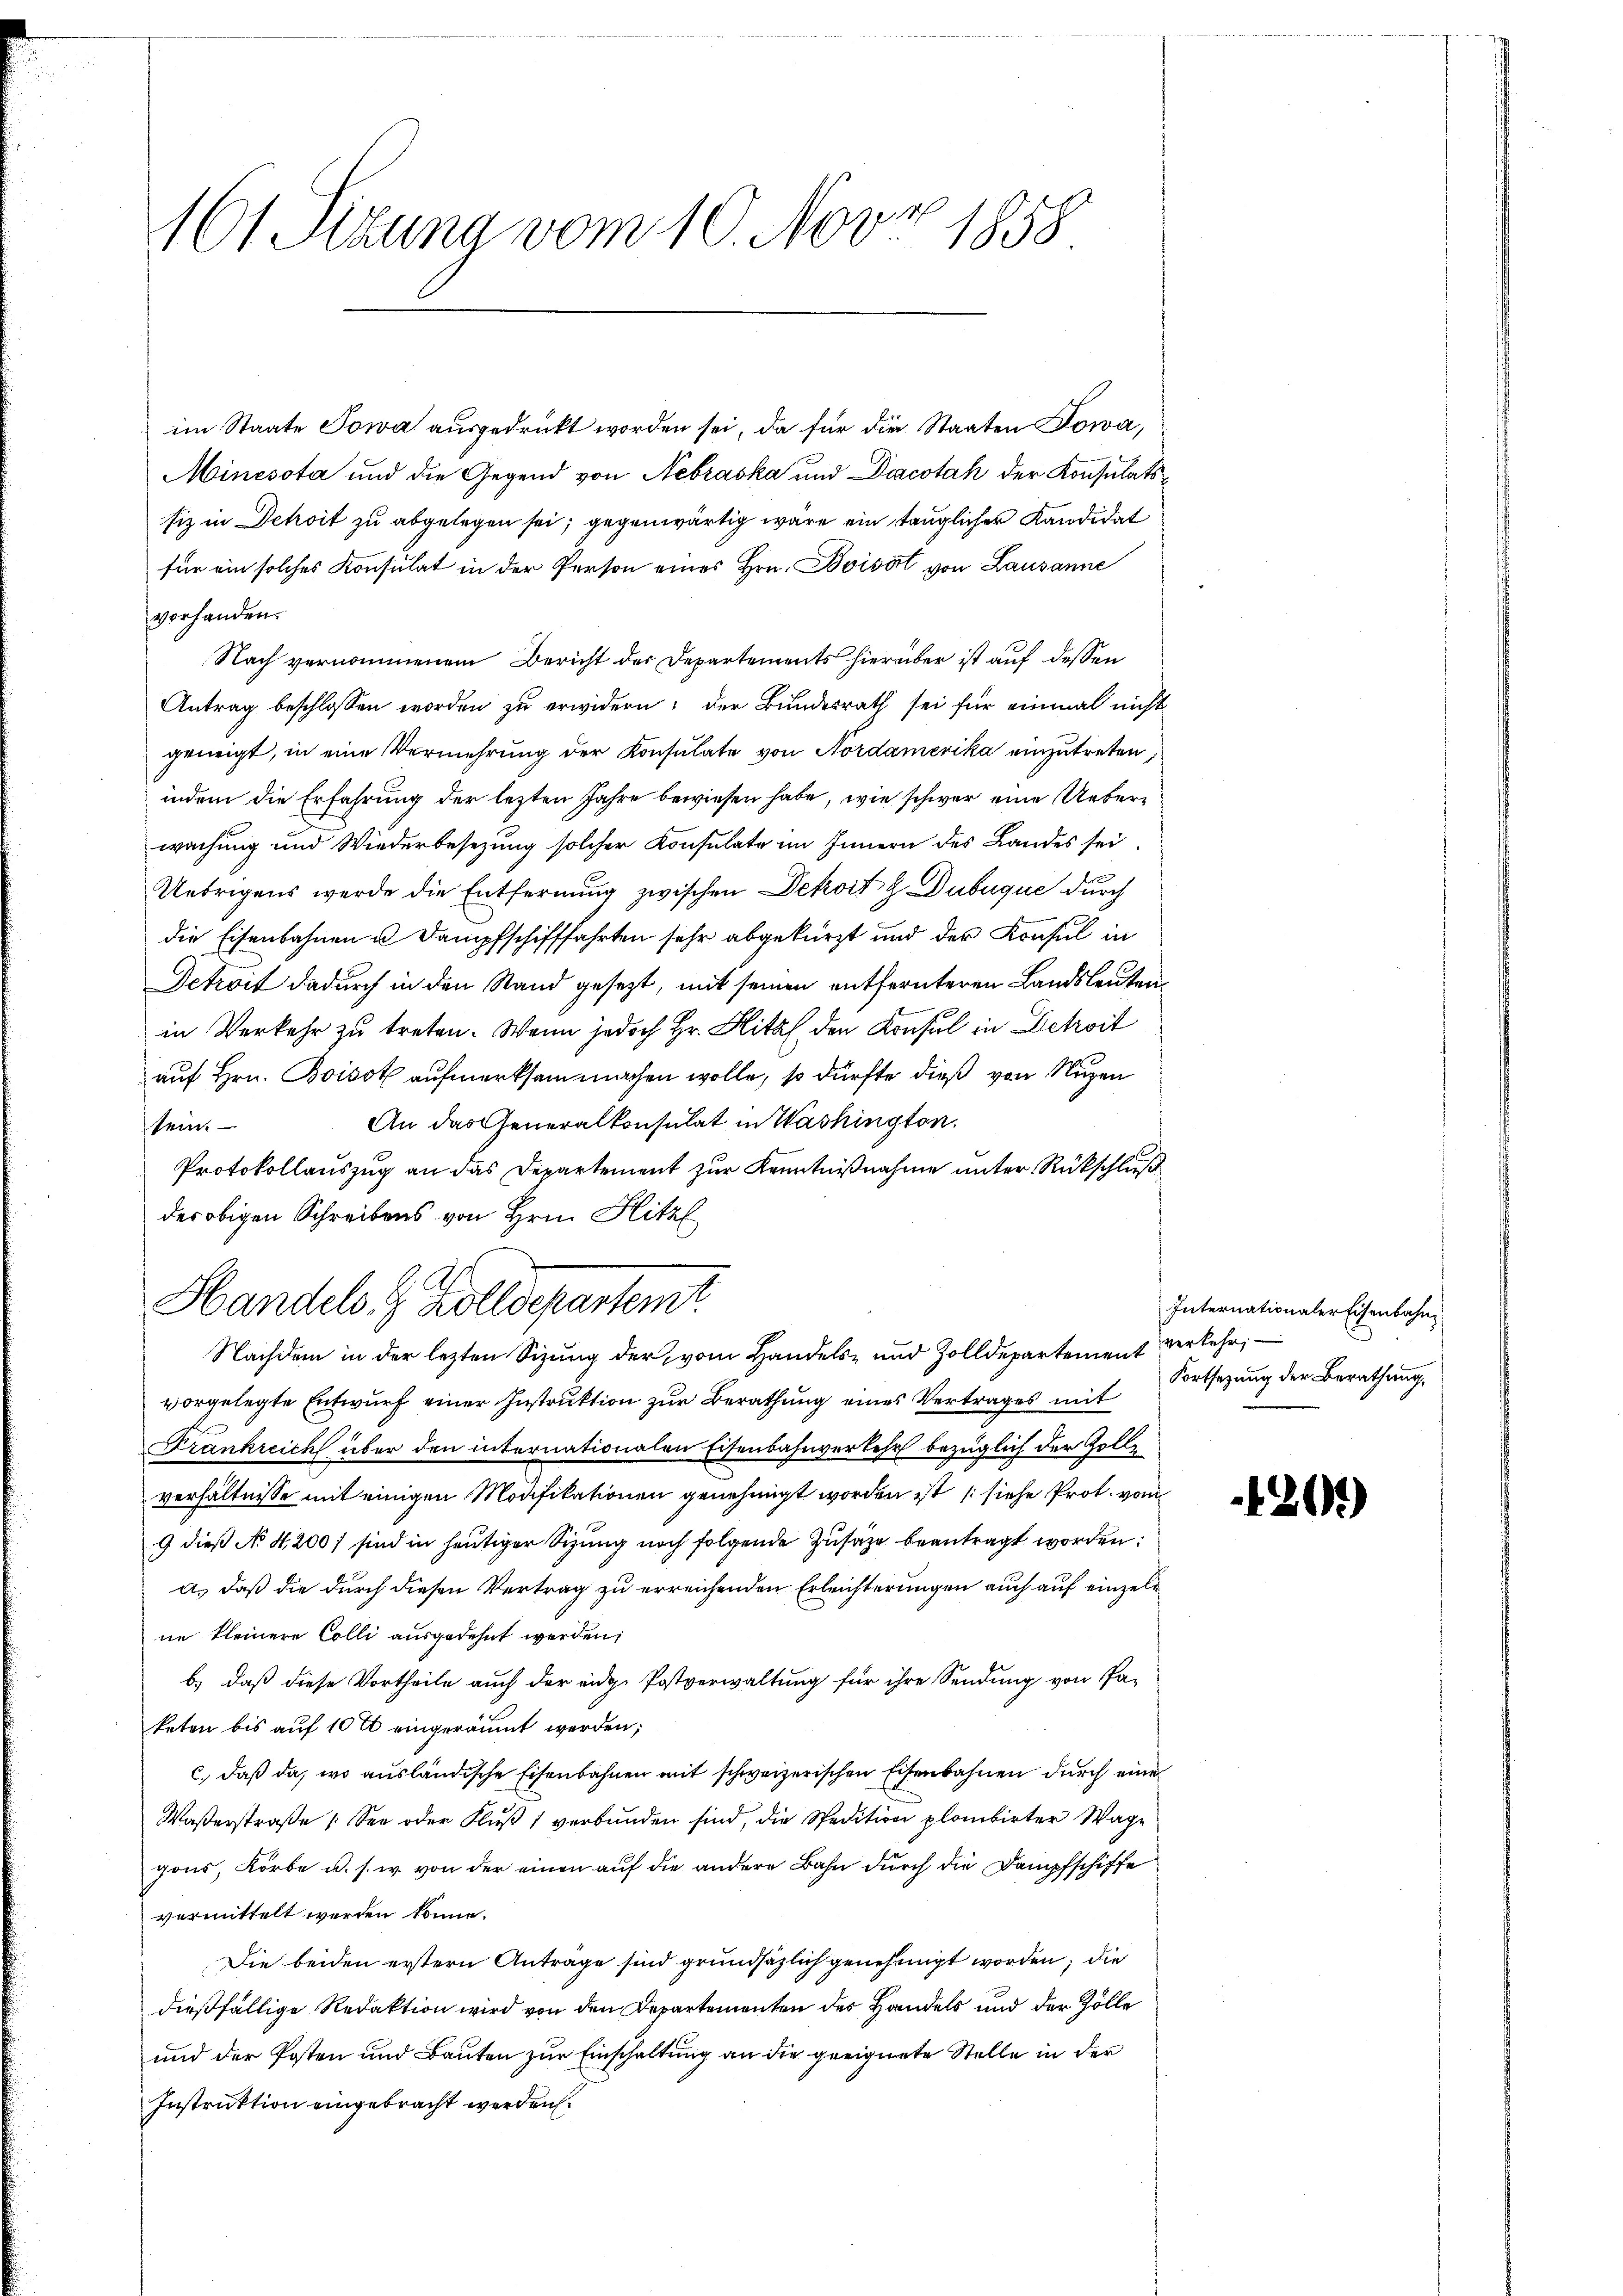
161 Sitzung vom 10. Nov. 1858

im Staate Sowa ausgedrückt worden sei, da für die Staaten Towa,
Mincsota und die Gegend von Nebraska und Diacotah der Konsulatsfiz in Dekoit zu abgelegen sei; gegenwärtig wäre ein tauglicher Kandidat
für ein solches Konsulat in der Person eines Hrn. Boisit von Lausanne
vorhanden.
Nach vernommenem Bericht der Departements hierüber ist auf dessen
Antrag beschlossen worden zu erwidern; der Bundesrath sei für einmal nicht
geneigt, in eine Vermehrung der Konsulate von Nordamerika einzutreten,
indem die Erfahrung der lezten Jahre bewiesen habe, wie schwer eine Ueberwachung und Wiederbesezung solcher Konsulate im Innern des Landes sei.
Uebrigens werde die Entfernung zwischen Dekoitz Dubuque durch
die Eisenbahnen u. Dampfschifffahrten sehr abgekürzt und der Konsul in
Detroit dadurch in den Stand gesezt, mit seinen entfernteren Landsleutenin Verkehr zŭ treten. Wenn jedoch Hr. Hitz den Konsul in Betreit
auf Hrn. Boisot aufmerksam machen wolle, so dürfte dieß von Nuzen
An das Generalkonsulat in Washington.
sein.
Protokollauszug an das Departement zur Kenntnißnahme unter Rückschluß
des obigen Schreibens von Hrn. Hitzl
Handels 4 Zolldepartem
Nachdem in der lezten Sizung der vom Handels- und Zolldepartement verkehr,
vorgelegte Entwurf einer Instruktion zur Berathung eines Vertrages mit
Frankreich über den internationalen Eisenbahnverkehr bezüglich der Zollverhältnisse mit einigen Modifikationen genehmigt worden ist (siehe Prot. vom
9 dieß No 4,200) sind in heutiger Sizung noch folgende Zusatze beantragt worden:
a.) daß die durch diesen Vertrag zu erreichenden Erleichterungen auch auf einzeln
ne kleinere Colli ausgedehnt werden;
b.) daß diese Vortheile auch der eidg. Postverwaltung für ihre Sendung von Pa-
keten bis auf 10 tt eingeräumt werden;
c. daß da, wo ausländische Eisenbahnen mit schweizerischen Eisenbahnen durch eine
Waßerstraße See oder Fluß 1 verbunden sind, die Stadition plombirter Wage
gons, Körbe u. s. w. von der einen auf die andere Bahn durch die Dampfschiffe
vermittelt werden könne.
Die beiden erstern Anträge sind grundsätzlich genehmigt worden; die
dießfällige Redaktion wird von den Departementen der Handels und der Zölle
und der Posten und Bauten zur Einschaltung an die geeignete Stelle in der
Instruktion eingebracht werden.

Internationaler Eisenbahn
Fortsetzung der Berathung,

1299)